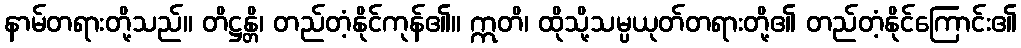
နာမ်တရားတို့သည်။ တိဋ္ဌန္တိ၊ တည်တံ့နိုင်ကုန်၏။ ဣတိ၊ ထိုသို့သမ္ပယုတ်တရားတို့၏ တည်တံ့နိုင်ကြောင်း၏